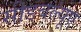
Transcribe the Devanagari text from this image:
सीडबल्यूए